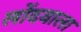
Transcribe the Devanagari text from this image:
लोंदवाला